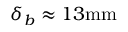
\delta _ { b } \approx 1 3 \mathrm { m m }